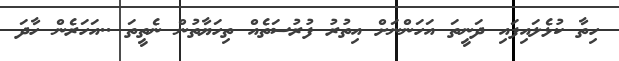
ހިތާ ކުޅެލައިފައި ދަނީތަ އަހަންނަށް އިތުރު ފުރުސަތެއް ތިހަޔާތުން ނެތީތަ ..އަހަރެން ހާދަ